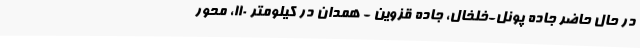
در حال حاضر جاده پونل-خلخال، جاده قزوین - همدان در کیلومتر 110، محور